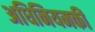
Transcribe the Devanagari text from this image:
अधिनियमकी